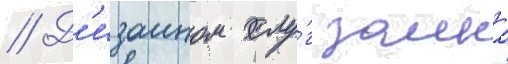
// Д'изаином слу́г замка